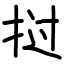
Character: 挝